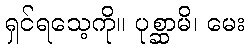
ရှင်ရသေ့ကို။ ပုစ္ဆာမိ၊ မေး